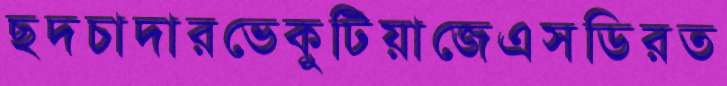
ছদচাদারভেকুটিয়াজেএসডিরত